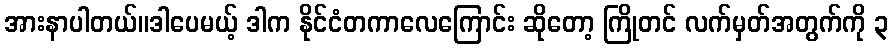
အားနာပါတယ်။ဒါပေမယ့် ဒါက နိုင်ငံတကာလေကြောင်း ဆိုတော့ ကြိုတင် လက်မှတ်အတွက်ကို ၃